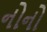
નોનો